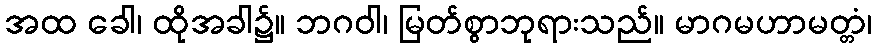
အထ ခေါ၊ ထိုအခါ၌။ ဘဂဝါ၊ မြတ်စွာဘုရားသည်။ မာဂမဟာမတ္တံ၊